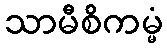
သာမီစိကမ္မံ